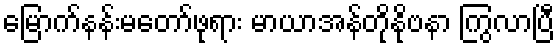
မြောက်နန်းမတော်ဖုရား မာယာအန်တိုနိုဗနာ ကြွလာပြီ